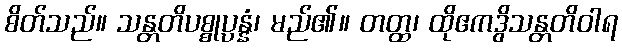
စိတ်သည်။ သန္တတိပစ္စုပ္ပန္နံ၊ မည်၏။ တတ္ထ၊ ထိုဧကဒွိသန္တတိဝါရ